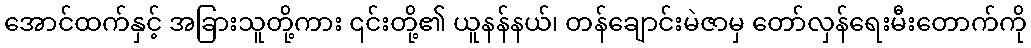
အောင်ထက်နှင့် အခြားသူတို့ကား ၎င်းတို့၏ ယူနန်နယ်၊ တန်ချောင်းမဲဇာမှ တော်လှန်ရေးမီးတောက်ကို